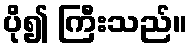
ပို၍ ကြီးသည်။